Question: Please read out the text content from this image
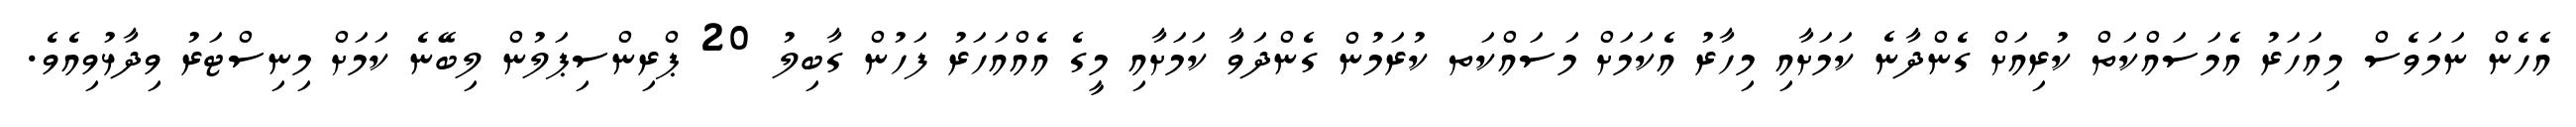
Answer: އެހެން ނަމަވެސް މިއަހަރު އެމަސައްކަތް ކުރިއަށް ގެންދާނެ ކަމަށާއި މިހާރު އެކަމަށް މަސައްކަތ ކުރަމުން ގެންދަވާ ކަމަށާއި މީގެ އެއްއަހަރު ފަހުން ގާބިލު 20 ޕްރިންސިޕަލުން ލިބޭނެ ކަމަށް މިނިސްޓަރު ވިދާޅުވިއެވެ.